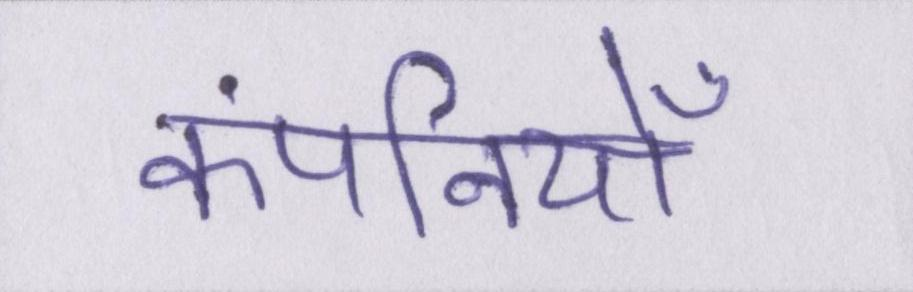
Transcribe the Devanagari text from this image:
कंपनियोँ